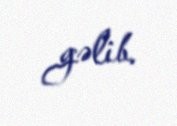
gəlib.